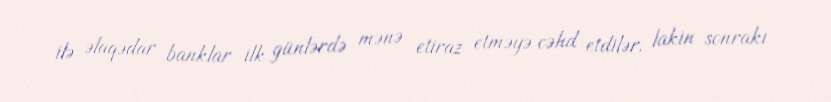
ilə əlaqədar banklar ilk günlərdə mənə etiraz etməyə cəhd etdilər, lakin sonrakı